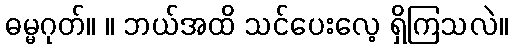
ဓမ္မဂုတ်။ ။ ဘယ်အထိ သင်ပေးလေ့ ရှိကြသလဲ။